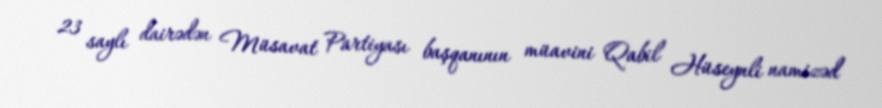
23 saylı dairədən Müsavat Partiyası başqanının müavini Qabil Hüseynli namizəd